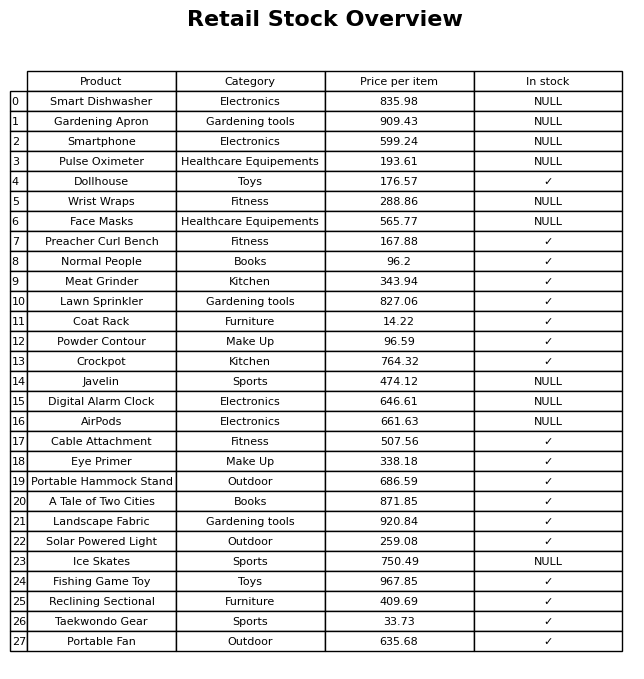
question: What is the price for Cable Attachment?
answer: The price of Cable Attachment is 507.56.